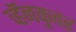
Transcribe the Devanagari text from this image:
व्हॅनकुवर